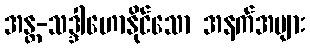
အန္တ-သဒ္ဒါဟောနိုင်သော အနက်အများ